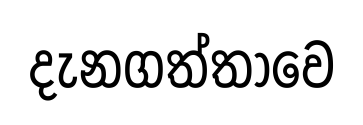
දැනගත්තාවෙ